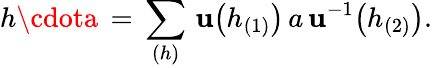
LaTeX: h\cdota\, =\, \sum_{(h)}\, \mathbf{u}\big(h_{(1)}\big)\, a\, \mathbf{u}^{-1}\big(h_{(2)}\big).